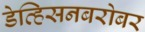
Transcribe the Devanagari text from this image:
डेव्हिसनबरोबर